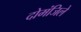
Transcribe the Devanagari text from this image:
दोमंजिले